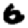
Digit: 6